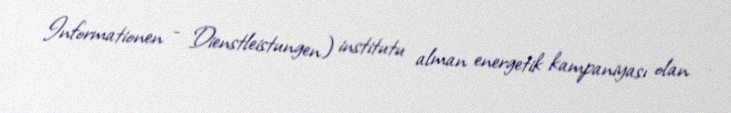
Informationen - Dienstleistungen) institutu alman energetik kampaniyası olan